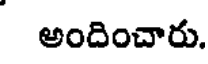
అందించారు.